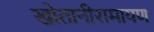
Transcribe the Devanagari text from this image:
खोतानीरामायण